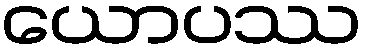
ယောပဿ